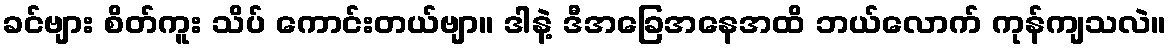
ခင်ဗျား စိတ်ကူး သိပ် ကောင်းတယ်ဗျာ။ ဒါနဲ့ ဒီအခြေအနေအထိ ဘယ်လောက် ကုန်ကျသလဲ။